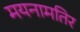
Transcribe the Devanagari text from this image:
मयनामतिर